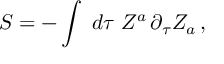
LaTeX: S = - \int \; d \tau \; { \cal Z } ^ { a } \, \partial _ { \tau } { \cal Z } _ { a } \, ,